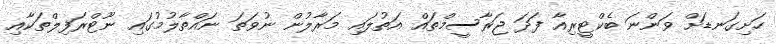
ހަށިގަނޑަށް ވަންނަ ބެކްޓީރިއާ ފަދަ ޖަރާސީމްތައް އަތުލައި މަރާލުން ނުވަތަ ނައްތާލުމުގައި ނޫޓްރަފިލްތަކާއި